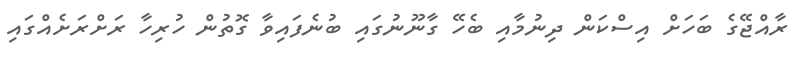
ރާއްޖޭގެ ބަހަށް އިސްކަން ދިނުމާއި ބެހޭ ގާނޫނުގައި ބުނެފައިވާ ގޮތުން ހުރިހާ ރަށްރަށެއްގައި